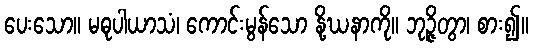
ပေးသော။ မဓုပါယာသံ၊ ကောင်းမွန်သော နို့ဃနာကို။ ဘုဉ္ဇိတွာ၊ စား၍။